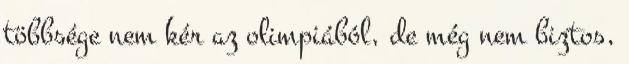
többsége nem kér az olimpiából, de még nem biztos,